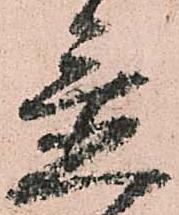
置